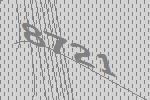
8721